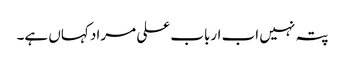
پتہ نہیں اب ارباب علی مراد کہاں ہے۔